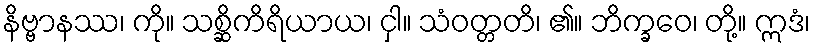
နိဗ္ဗာနဿ၊ ကို။ သစ္ဆိကိရိယာယ၊ ငှါ။ သံဝတ္တတိ၊ ၏။ ဘိက္ခဝေ၊ တို့။ ဣဒံ၊